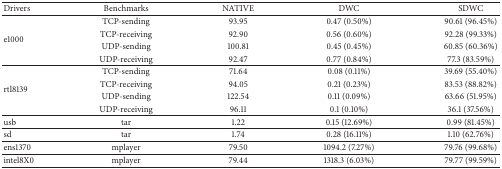
<table><thead><tr><td><b>Drivers</b></td><td><b>Benchmarks</b></td><td><b>NATIVE</b></td><td><b>DWC</b></td><td><b>SDWC</b></td></tr></thead><tbody><tr><td rowspan="4">e1000</td><td>TCP-sending </td><td>93.95</td><td>0.47 (0.50%)</td><td>90.61 (96.45%)</td></tr><tr><td>TCP-receiving</td><td>92.90</td><td>0.56 (0.60%)</td><td>92.28 (99.33%)</td></tr><tr><td>UDP-sending</td><td>100.81</td><td>0.45 (0.45%)</td><td>60.85 (60.36%)</td></tr><tr><td>UDP-receiving</td><td>92.47</td><td>0.77 (0.84%)</td><td>77.3 (83.59%)</td></tr><tr><td rowspan="4">rtl8139</td><td>TCP-sending</td><td>71.64</td><td>0.08 (0.11%)</td><td>39.69 (55.40%)</td></tr><tr><td>TCP-receiving</td><td>94.05</td><td>0.21 (0.23%)</td><td>83.53 (88.82%)</td></tr><tr><td>UDP-sending</td><td>122.54</td><td>0.11 (0.09%)</td><td>63.66 (51.95%)</td></tr><tr><td>UDP-receiving</td><td>96.11</td><td>0.1 (0.10%)</td><td>36.1 (37.56%)</td></tr><tr><td>usb</td><td>tar</td><td>1.22</td><td>0.15 (12.69%)</td><td>0.99 (81.45%)</td></tr><tr><td>sd</td><td>tar</td><td>1.74</td><td>0.28 (16.11%)</td><td>1.10 (62.76%)</td></tr><tr><td>ens1370</td><td>mplayer</td><td>79.50</td><td>1094.2 (7.27%)</td><td>79.76 (99.68%)</td></tr><tr><td>intel8X0</td><td>mplayer</td><td>79.44</td><td>1318.3 (6.03%)</td><td>79.77 (99.59%)</td></tr></tbody></table>